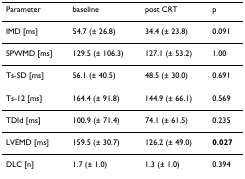
<table><thead><tr><td><b>Parameter</b></td><td><b>baseline</b></td><td><b>post CRT</b></td><td><b>p</b></td></tr></thead><tbody><tr><td>IMD [ms]</td><td>54.7 (± 26.8)</td><td>34.4 (± 23.8)</td><td>0.091</td></tr><tr><td>SPWMD [ms]</td><td>129.5 (± 106.3)</td><td>127.1 (± 53.2)</td><td>1.00</td></tr><tr><td>Ts-SD [ms]</td><td>56.1 (± 40.5)</td><td>48.5 (± 30.0)</td><td>0.691</td></tr><tr><td>Ts-12 [ms]</td><td>164.4 (± 91.8)</td><td>144.9 (± 66.1)</td><td>0.569</td></tr><tr><td>TDId [ms]</td><td>100.9 (± 71.4)</td><td>74.1 (± 61.5)</td><td>0.235</td></tr><tr><td>LVEMD [ms]</td><td>159.5 (± 30.7)</td><td>126.2 (± 49.0)</td><td><b>0.027</b></td></tr><tr><td>DLC [n]</td><td>1.7 (± 1.0)</td><td>1.3 (± 1.0)</td><td>0.394</td></tr></tbody></table>